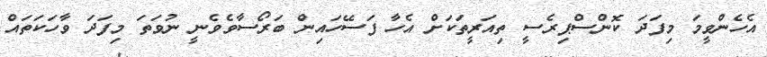
އެހެންވީމަ މިފަދަ ކޮންސްޕިރެސީ ތިއަރީތަކަށް އެހާ ފަސޭހައިން ބަރޯސާވެވެނީ ނުވަތަ މިފަދަ ވާހަކަތައް